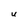
Character: U